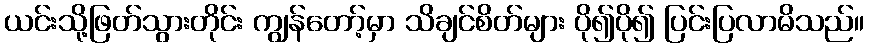
ယင်းသို့ဖြတ်သွားတိုင်း ကျွန်တော့်မှာ သိချင်စိတ်များ ပို၍ပို၍ ပြင်းပြလာမိသည်။